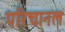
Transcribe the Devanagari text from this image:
परिचानल